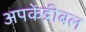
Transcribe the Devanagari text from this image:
अपकेंद्रीबल